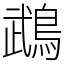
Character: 鵡